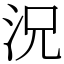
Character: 況